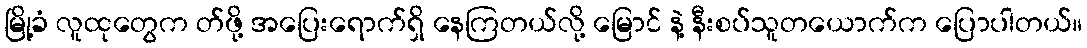
မြို့ခံ လူထုတွေက တ်ဖို့ အပြေးရောက်ရှိ နေကြတယ်လို့ မြောင် နဲ့ နီးစပ်သူတယောက်က ပြောပါတယ်။